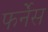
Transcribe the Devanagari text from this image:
फर्नेंस